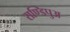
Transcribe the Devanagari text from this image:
राण्डिपुअ